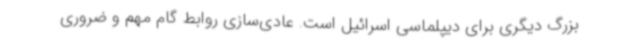
بزرگ دیگری برای دیپلماسی اسرائیل است. عادی‌سازی روابط گام مهم و ضروری